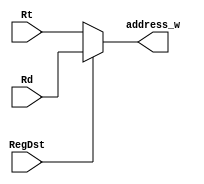
module mux21(RegDst, Rd, Rt, address_w);
input RegDst;
input [5:0] Rd;
input [5:0] Rt;
output [5:0] address_w;
assign address_w = (RegDst == 0)?Rt:Rd;
endmodule